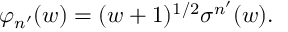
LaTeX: \varphi _ { n ^ { \prime } } ( w ) = ( w + 1 ) ^ { 1 / 2 } \sigma ^ { n ^ { \prime } } ( w ) .